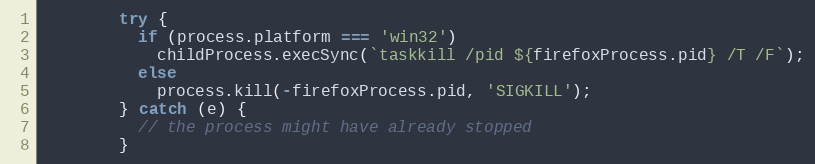
Language: JavaScript
        try {
          if (process.platform === 'win32')
            childProcess.execSync(`taskkill /pid ${firefoxProcess.pid} /T /F`);
          else
            process.kill(-firefoxProcess.pid, 'SIGKILL');
        } catch (e) {
          // the process might have already stopped
        }